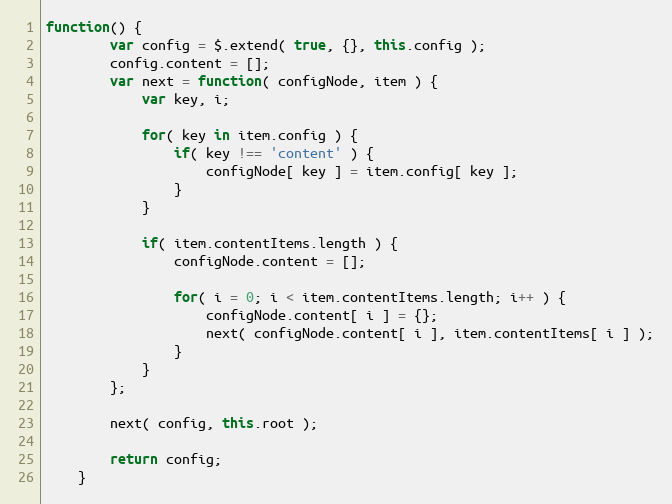
Language: JavaScript
function() {
		var config = $.extend( true, {}, this.config );
		config.content = [];
		var next = function( configNode, item ) {
			var key, i;

			for( key in item.config ) {
				if( key !== 'content' ) {
					configNode[ key ] = item.config[ key ];
				}
			}

			if( item.contentItems.length ) {
				configNode.content = [];

				for( i = 0; i < item.contentItems.length; i++ ) {
					configNode.content[ i ] = {};
					next( configNode.content[ i ], item.contentItems[ i ] );
				}
			}
		};

		next( config, this.root );

		return config;
	}